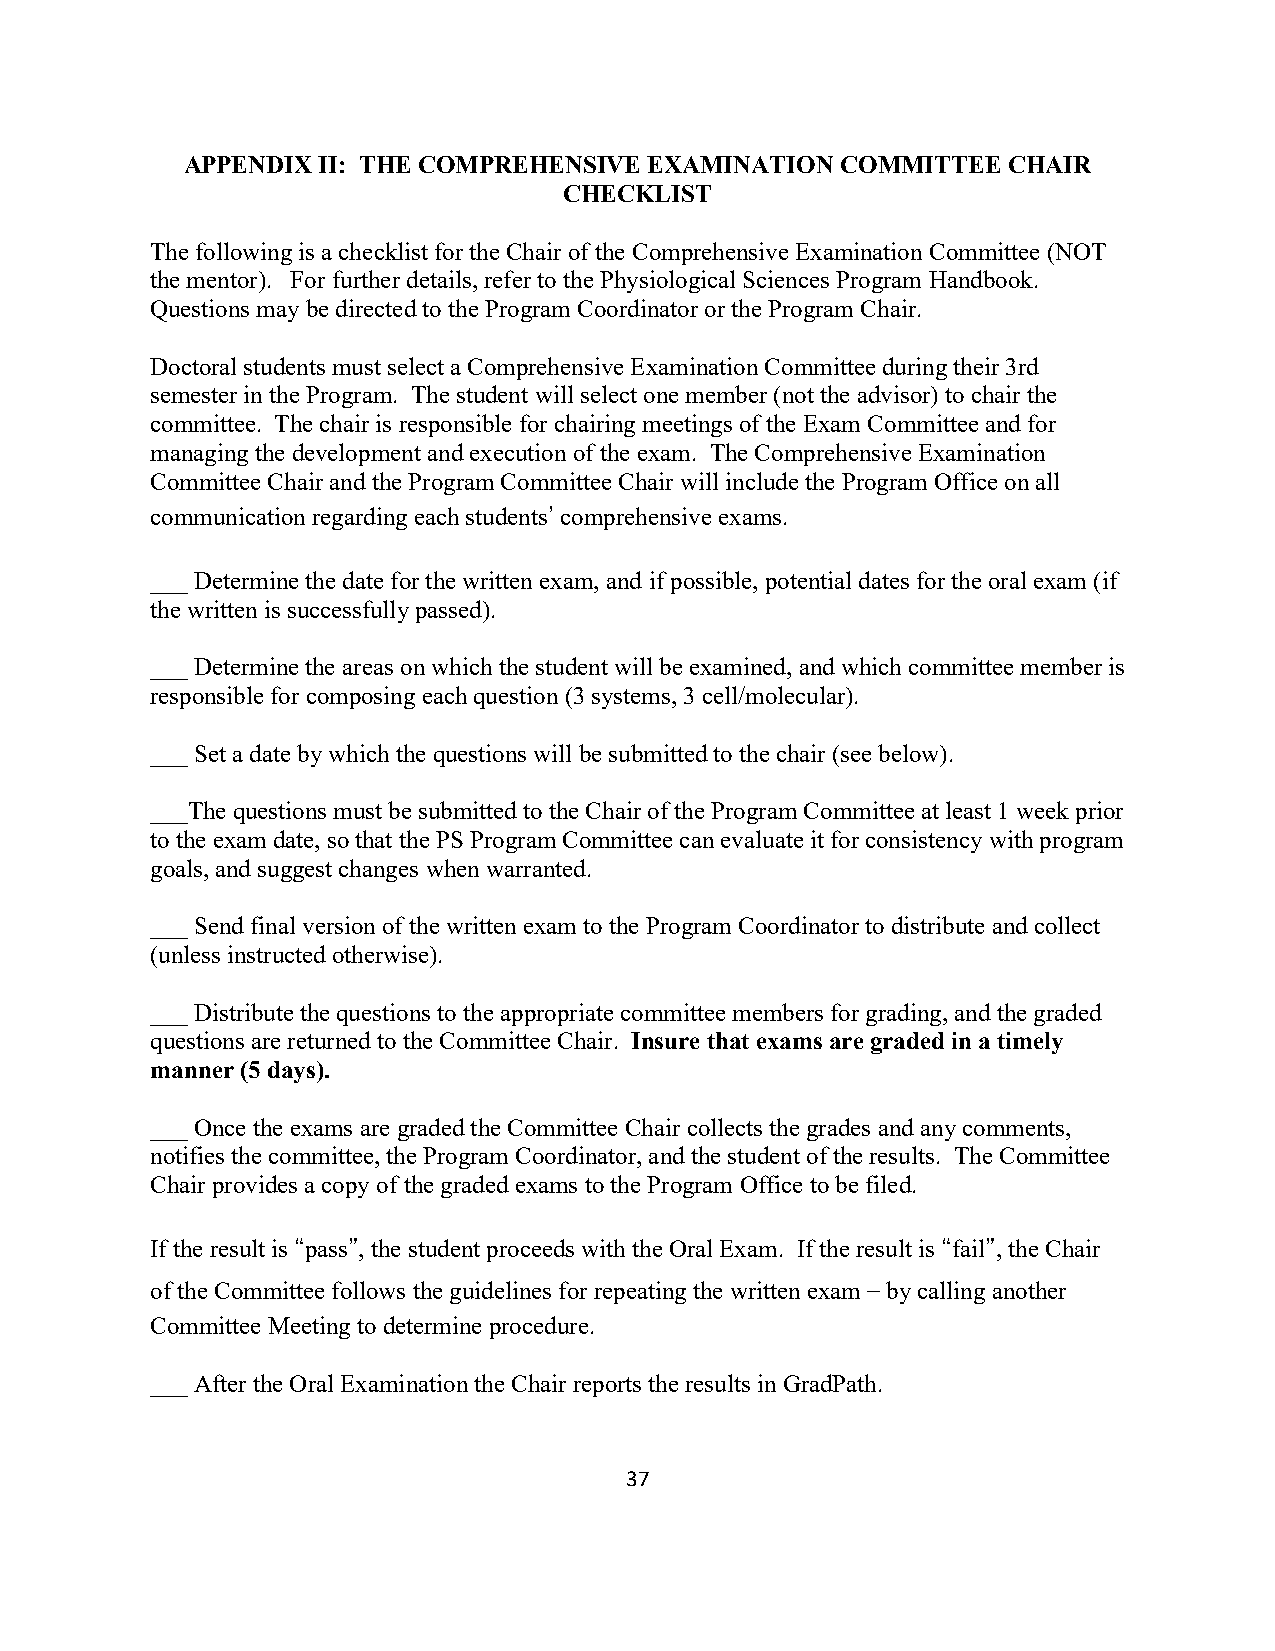
APPENDIX II: THE COMPREHENSIVE EXAMINATION  COMMITTEE  CHAIR
 CHECKLIST
 The following is a checklist for the Chair of the Comprehensive Examination Committee (NOT
 the mentor). For further details, refer to the Physiological Sciences Program Handbook.
 Questions may be directed to the Program Coordinator or the Program Chair.
 Doctoral students must select a Comprehensive Examination Committee during their 3rd
 semester in the Program. The student will select one member (not the advisor) to chair the
 committee. The chair is responsible for chairing meetings of the Exam Committee and for
 managing the development and execution of the exam. The Comprehensive Examination
 Committee Chair and the Program Committee Chair will include the Program Office on all
 communication regarding each students’ comprehensive exams.
 ___ Determine the date for the written exam, and if possible, potential dates for the oral exam (if
 the written is successfully passed).
 ___ Determine the areas on which the student will be examined, and which committee member is
 responsible for composing each question (3 systems, 3 cell/molecular).
 ___ Set a date by which the questions will be submitted to the chair (see below).
 ___The questions must be submitted to the Chair of the Program Committee at least 1 week prior
 to the exam date, so that the PS Program Committee can evaluate it for consistency with program
 goals, and suggest changes when warranted.
 ___ Send final version of the written exam to the Program Coordinator to distribute and collect
 (unless instructed otherwise).
 ___ Distribute the questions to the appropriate committee members for grading, and the graded
 questions are returned to the Committee Chair. Insure that exams are graded in a timely
 manner (5 days).
 ___ Once the exams are graded the Committee Chair collects the grades and any comments,
 notifies the committee, the Program Coordinator, and the student of the results. The Committee
 Chair provides a copy of the graded exams to the Program Office to be filed.
 If the result is “pass”, the student proceeds with the Oral Exam. If the result is “fail”, the Chair
 of the Committee follows the guidelines for repeating the written exam – by calling another
 Committee Meeting to determine procedure.
 ___ After the Oral Examination the Chair reports the results in GradPath.
 37